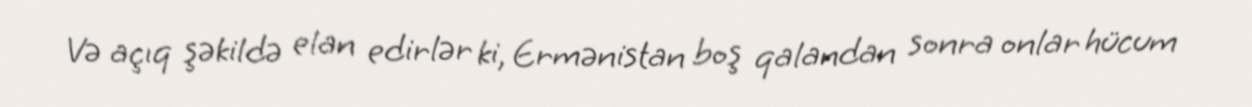
Və açıq şəkildə elan edirlər ki, Ermənistan boş qalandan sonra onlar hücum